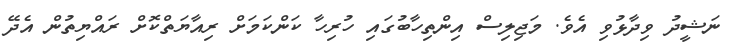
ނަޝީދު ވިދާޅުވި އެވެ. މަޖިލިސް އިންތިހާބުގައި ހުރިހާ ކަންކަމަށް ރިއާޔަތްކޮށް ރައްޔިތުން އެދޭ